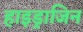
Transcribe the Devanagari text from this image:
हाइड्राजिन